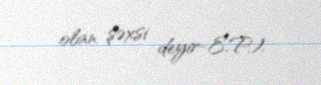
olan şəxsi deyir-E.P.).